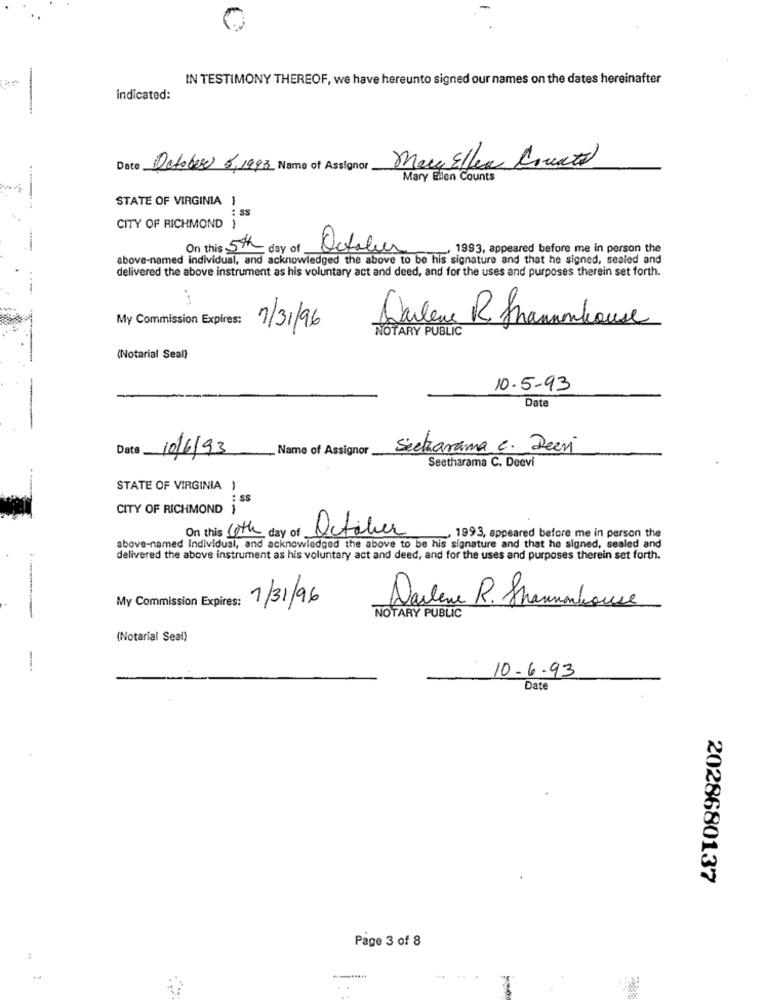
0
IN TESTIMONY THEREOF, we have hereunto signed our names on the dates hereinafter
indicated:
-
Date October 5,1993 Name of Assignor
mary Ellen Create
Mary Ellen Counts
STATE OF VIRGINIA 1
: SS
CITY OF RICHMOND }
On this 5th day of
October
-... 1993, appeared before me in person the
above-named individual, and acknowledged the above to be his signature and that he signed, sealed and
delivered the above instrument as his voluntary act and deed, and for the uses and purposes therein set forth.
My Commission Expires:
Darlene R Hamhouse
1/31/96
NOTARY PUBLIC
(Notarial Seall
10-5-93
Date
Date 10/6/93
_ Name of Assignor
Sectarama c. Deeri
Seetharama C. Deevi
STATE OF VIRGINIA )
: SS
CITY OF RICHMOND }
On this 10th day of
October
. 1993, appeared before me in person the
above-named Individual, and acknowledged the above to be his signature and that he signed, sealed and
delivered the above instrument as his voluntary act and deed, and for the uses and purposes therein set forth.
My Commission Expires:
1/31/96
Darlene R. Shannonhouse
NOTARY PUBLIC
(Notarial Seai)
-
10-6-93
Date
2028680137
Page 3 of 8
: